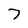
Character: 7